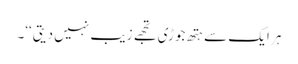
ہر ایک سے ہتھ جوڑی تجھے زیب نہیں دیتی‘‘۔